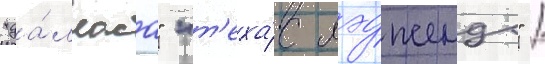
"да́лласа" "т'еха́с лэджендс" /